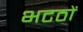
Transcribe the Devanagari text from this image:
भटठों